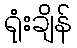
ရုံးချိန်